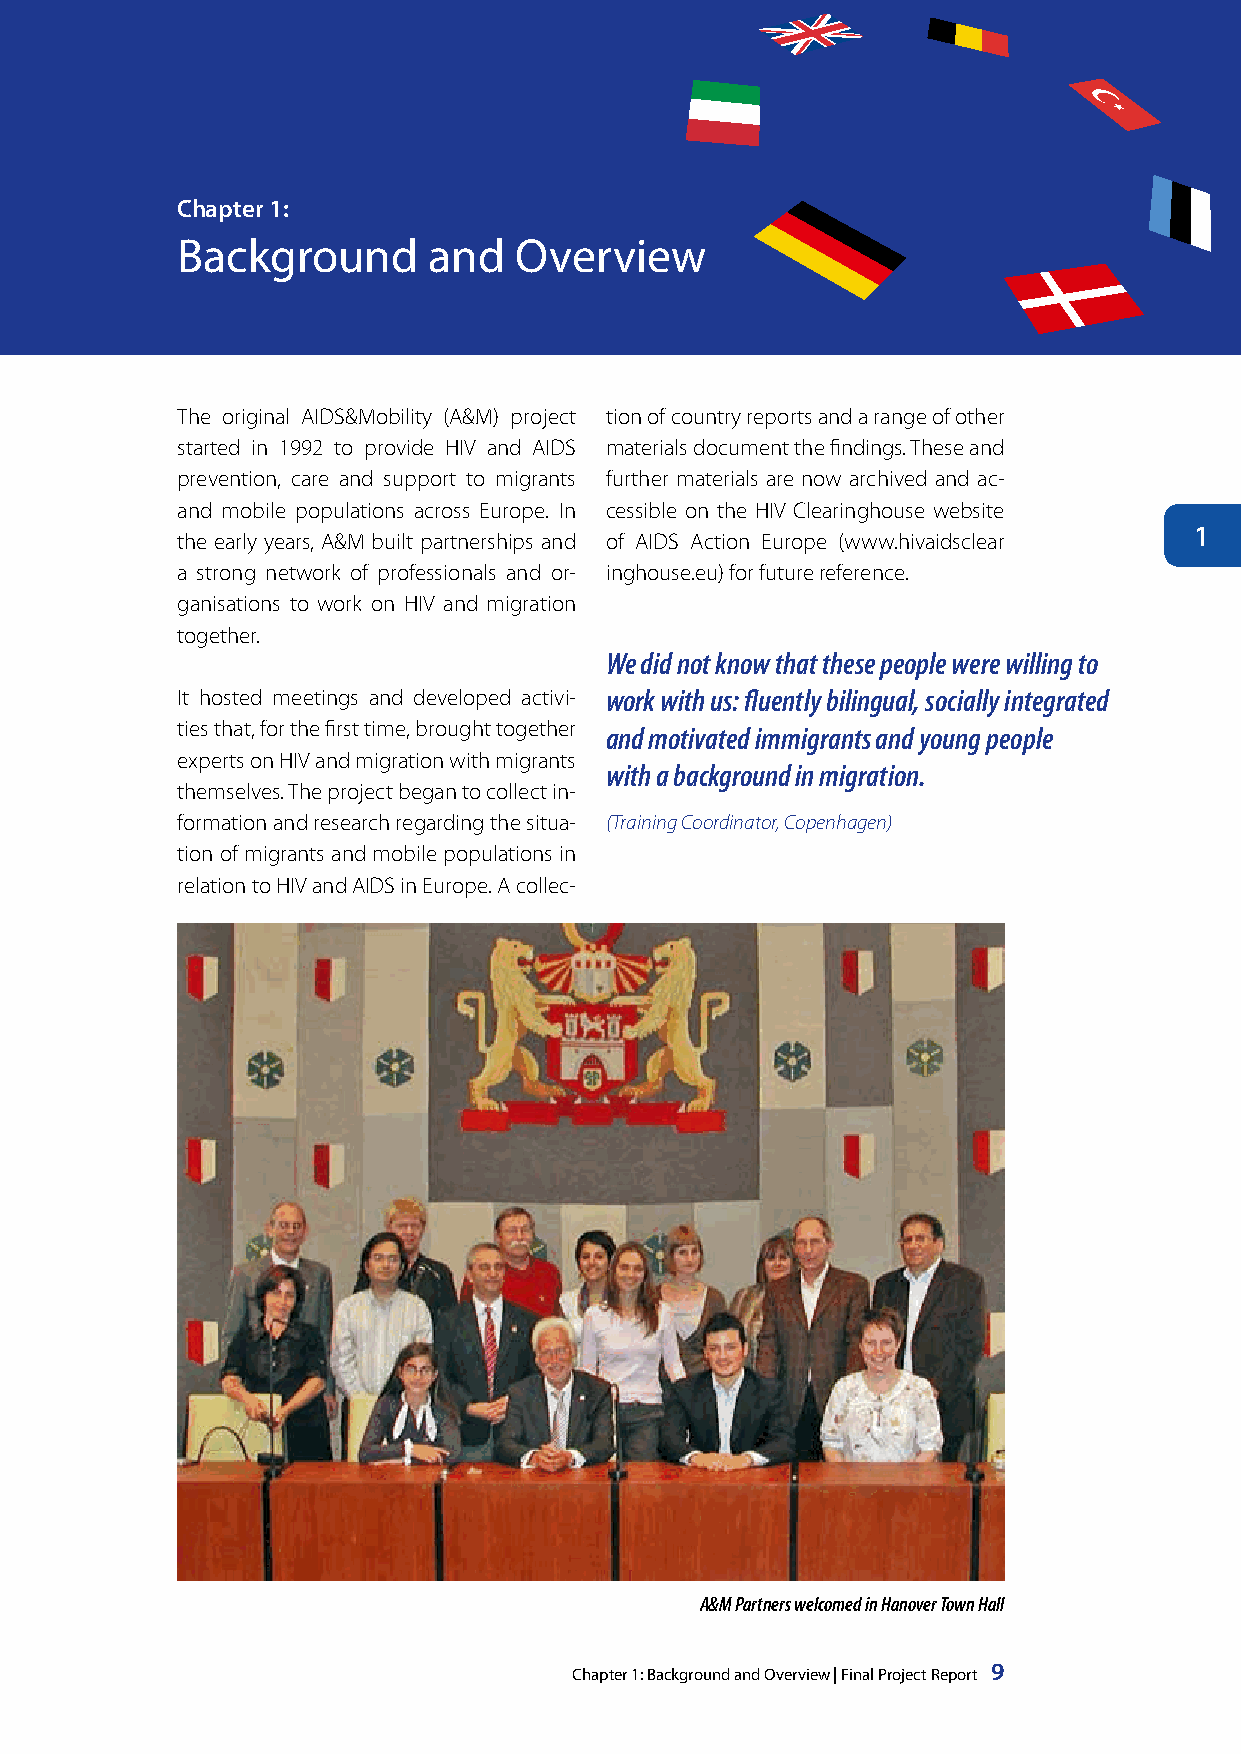
chapter 1:
 Background      and   Overview
 The original AIDS&Mobility (A&M) project tion of country reports and a range of other
 started in 1992 to provide HIV and AIDS materials document the findings. These and
 prevention, care and support to migrants further materials are now archived and ac-
 and mobile populations across Europe. In cessible on the HIV Clearinghouse website
 1
 the early years, A&M built partnerships and of AIDS Action Europe (www.hivaidsclear
 a strong network of professionals and or- inghouse.eu) for future reference.
 ganisations to work on HIV and migration
 together.
 We did not know that these people were willing to
 It hosted meetings and developed activi- work with us: fluently bilingual, socially integrated
 ties that, for the first time, brought together and motivated immigrants and young people
 experts on HIV and migration with migrants
 with a background in migration.
 themselves. The project began to collect in-
 formation and research regarding the situa- (Training Coordinator, Copenhagen)
 tion of migrants and mobile populations in
 relation to HIV and AIDS in Europe. A collec-
 A&M Partners welcomed in Hanover Town Hall
 Chapter 1: Background and Overview | Final Project Report 9